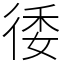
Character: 㣦